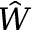
\hat { W }